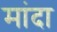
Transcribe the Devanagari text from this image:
मांदा